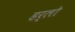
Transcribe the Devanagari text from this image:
हर्लो